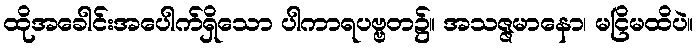
ထိုအခေါင်းအပေါက်ရှိသော ပါကာရပဗ္ဗတ၌။ အသဇ္ဇမာနော၊ မငြိမထိပဲ။